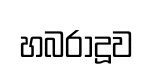
හබරාදූව